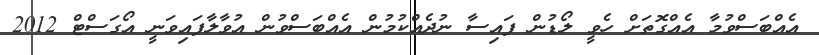
އެއްބަސްވުމާ އެއްގޮތަށް ހެވީ ލޯޑުން ފައިސާ ނުދެއްކުމުން އެއްބަސްވުން އުވާލާފައިވަނީ އޯގަސްޓް 2012